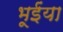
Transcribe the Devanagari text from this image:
भूईंया